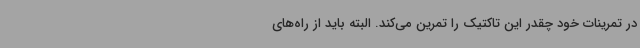
در تمرینات خود چقدر این تاکتیک را تمرین می‌کند. البته باید از راه‌های